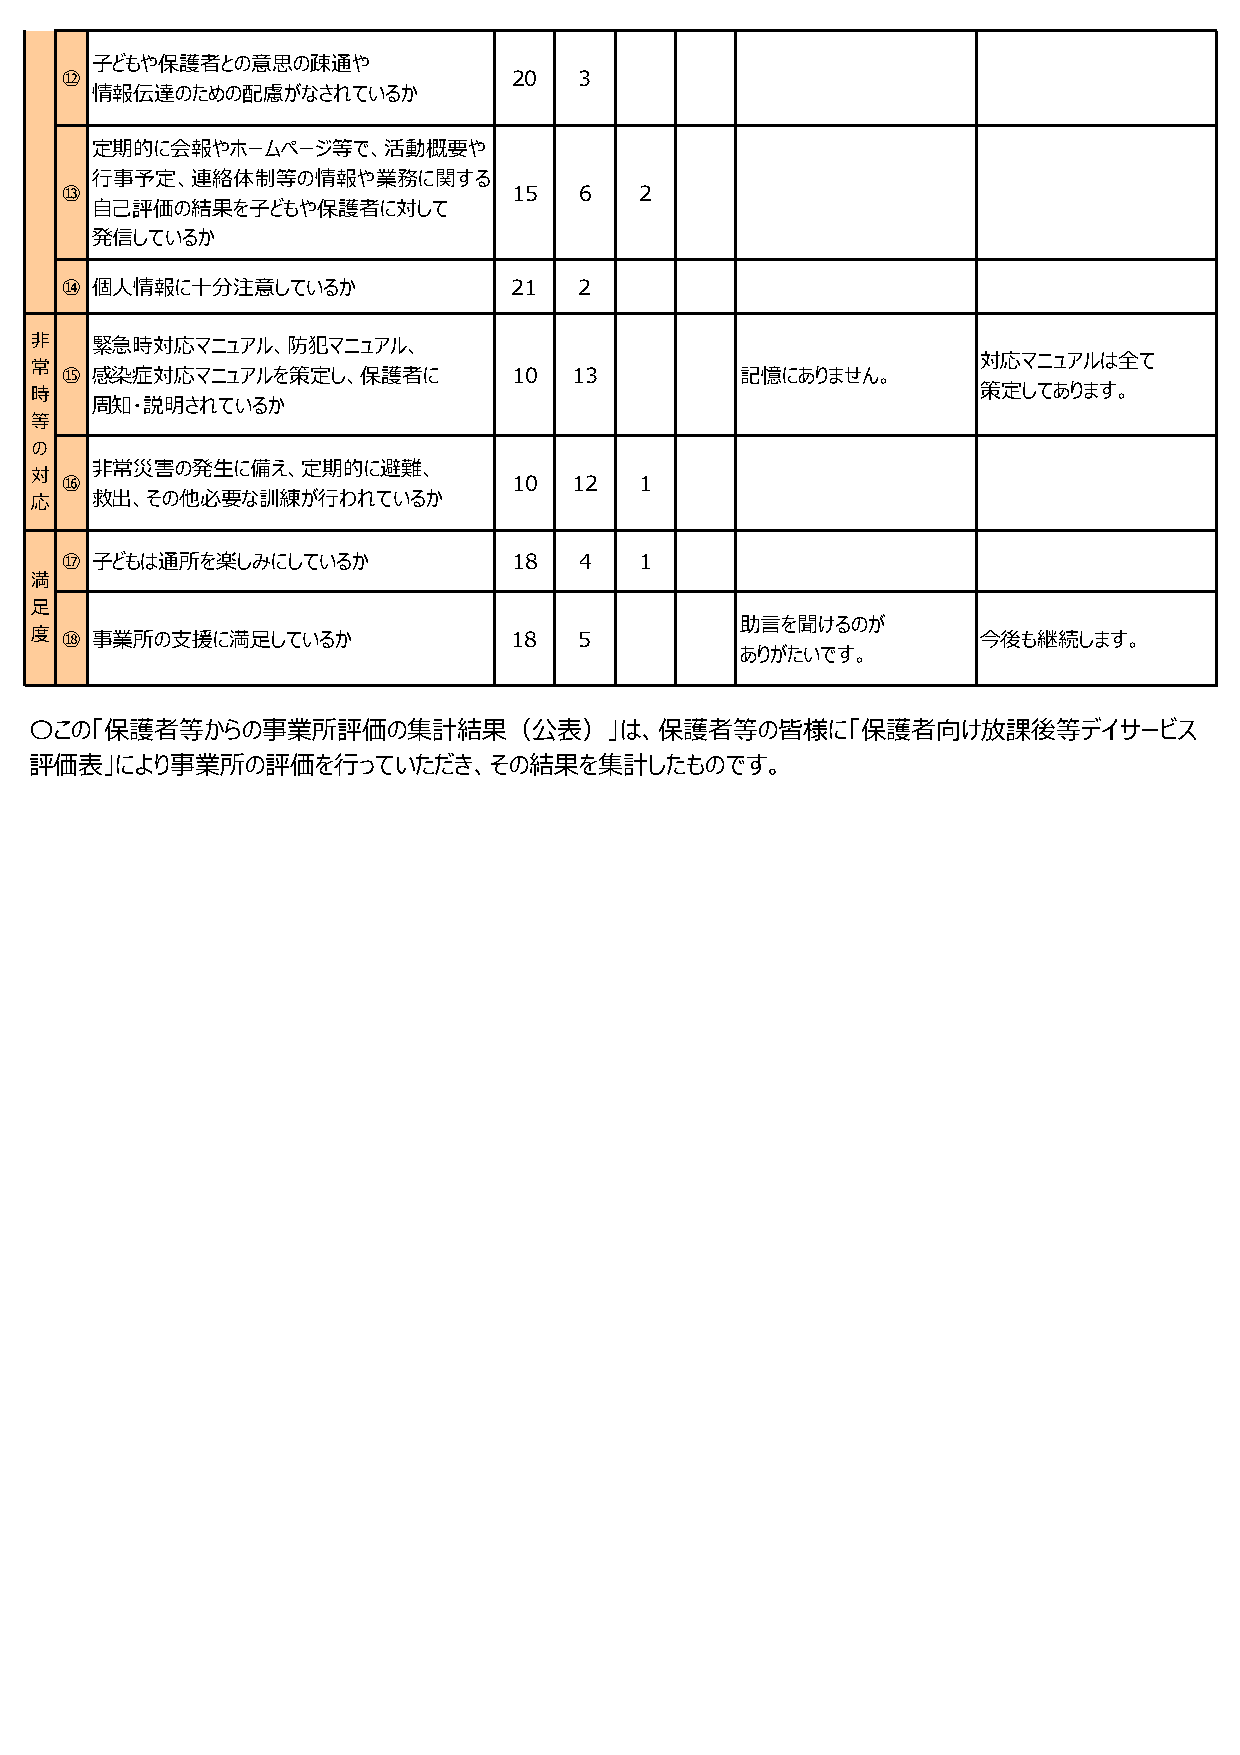
子どもや保護者との意思の疎通や
 ⑫                             20  3
 情報伝達のための配慮がなされているか
 定期的に会報やホームページ等で、活動概要や
 ⾏事予定、連絡体制等の情報や業務に関する
 ⑬                             15  6   2
 自己評価の結果を子どもや保護者に対して
 発信しているか
 ⑭ 個人情報に十分注意しているか              21  2
 非   緊急時対応マニュアル、防犯マニュアル、
 対応マニュアルは全て
 常
 ⑮ 感染症対応マニュアルを策定し、保護者に         10  13         記憶にありません。
 時                                                              策定してあります。
 周知・説明されているか
 等
 の
 非常災害の発生に備え、定期的に避難、
 対
 ⑯                             10  12  1
 応   救出、その他必要な訓練が⾏われているか
 ⑰ 子どもは通所を楽しみにしているか            18  4   1
 満
 足
 助言を聞けるのが
 度 ⑱ 事業所の⽀援に満足しているか              18  5                          今後も継続します。
 ありがたいです。
 〇この「保護者等からの事業所評価の集計結果（公表）」は、保護者等の皆様に「保護者向け放課後等デイサービス
 評価表」により事業所の評価を⾏っていただき、その結果を集計したものです。